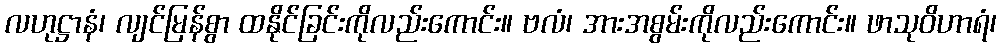
လဟုဋ္ဌာနံ၊ လျင်မြန်စွာ ထနိုင်ခြင်းကိုလည်းကောင်း။ ဗလံ၊ အားအစွမ်းကိုလည်းကောင်း။ ဖာသုဝိဟာရံ၊